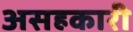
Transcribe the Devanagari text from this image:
असहकारी